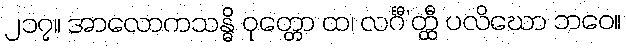
၂၁၇။ အာလောကသန္ဓိ ဝုတ္တော ထ၊ လင်္ဂီ’တ္ထီ ပလိဃော ဘဝေ။